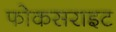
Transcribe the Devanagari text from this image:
फोकसराइट